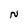
Character: N